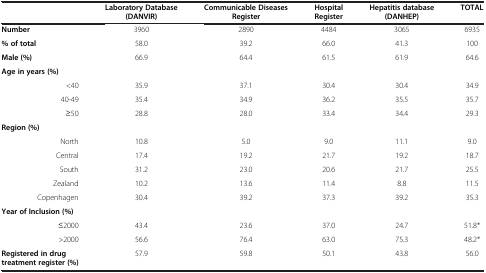
<table><thead><tr><td><b> </b></td><td><b>Laboratory Database (DANVIR)</b></td><td><b>Communicable Diseases Register</b></td><td><b>Hospital Register</b></td><td><b>Hepatitis database (DANHEP)</b></td><td><b>TOTAL</b></td></tr></thead><tbody><tr><td><b>Number</b></td><td>3960</td><td>2890</td><td>4484</td><td>3065</td><td>6935</td></tr><tr><td><b>% of total</b></td><td>58.0</td><td>39.2</td><td>66.0</td><td>41.3</td><td>100</td></tr><tr><td><b>Male (%)</b></td><td>66.9</td><td>64.4</td><td>61.5</td><td>61.9</td><td>64.6</td></tr><tr><td><b>Age in years (%)</b></td><td> </td><td> </td><td> </td><td> </td><td> </td></tr><tr><td>&lt;40</td><td>35.9</td><td>37.1</td><td>30.4</td><td>30.4</td><td>34.9</td></tr><tr><td>40-49</td><td>35.4</td><td>34.9</td><td>36.2</td><td>35.5</td><td>35.7</td></tr><tr><td>≥50</td><td>28.8</td><td>28.0</td><td>33.4</td><td>34.4</td><td>29.3</td></tr><tr><td><b>Region (%)</b></td><td> </td><td> </td><td> </td><td> </td><td> </td></tr><tr><td>North</td><td>10.8</td><td>5.0</td><td>9.0</td><td>11.1</td><td>9.0</td></tr><tr><td>Central</td><td>17.4</td><td>19.2</td><td>21.7</td><td>19.2</td><td>18.7</td></tr><tr><td>South</td><td>31.2</td><td>23.0</td><td>20.6</td><td>21.7</td><td>25.5</td></tr><tr><td>Zealand</td><td>10.2</td><td>13.6</td><td>11.4</td><td>8.8</td><td>11.5</td></tr><tr><td>Copenhagen</td><td>30.4</td><td>39.2</td><td>37.3</td><td>39.2</td><td>35.3</td></tr><tr><td><b>Year of Inclusion (%)</b></td><td> </td><td> </td><td> </td><td> </td><td> </td></tr><tr><td>≤2000</td><td>43.4</td><td>23.6</td><td>37.0</td><td>24.7</td><td>51.8*</td></tr><tr><td>&gt;2000</td><td>56.6</td><td>76.4</td><td>63.0</td><td>75.3</td><td>48.2*</td></tr><tr><td><b>Registered in drug treatment register (%)</b></td><td>57.9</td><td>59.8</td><td>50.1</td><td>43.8</td><td>56.0</td></tr></tbody></table>